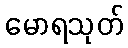
မောရသုတ်